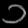
Digit: ၁